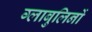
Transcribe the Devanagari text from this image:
ग्लाबुलिनों